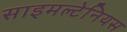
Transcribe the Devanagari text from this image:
साइमल्टेनियस